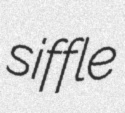
siffle